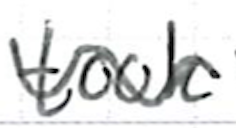
Text: took
Cross-out: wave
Writing tool: ballpoint